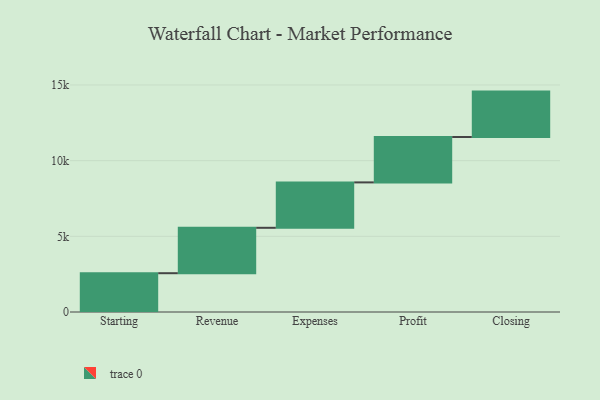
{"axis": {"x": "Step", "y": "Value"}, "legend": [""], "data": [{"x": "Starting", "y": 2564.0, "type": ""}, {"x": "Revenue", "y": 3000, "type": ""}, {"x": "Expenses", "y": 3000, "type": ""}, {"x": "Profit", "y": 3000, "type": ""}, {"x": "Closing", "y": 3000, "type": ""}]}